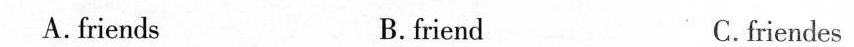
A.friends B.friend C.friendes